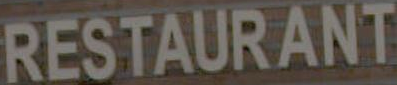
RESTAURANT